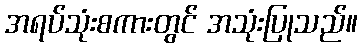
အရပ်သုံးစကားတွင် အသုံးပြုသည်။